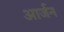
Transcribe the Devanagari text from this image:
आर्जन